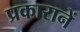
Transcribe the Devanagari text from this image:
प्रकारानें